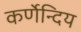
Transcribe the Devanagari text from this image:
कर्णेन्दिय